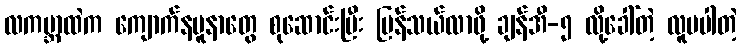
လကမ္ဘာထဲက ကျောက်နမူနာတွေ စုဆောင်းပြီး ပြန်သယ်လာဖို့ ချန်အီ-၅ လို့ခေါ်တဲ့ လူမပါတဲ့